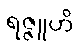
ရဇ္ဇူဟိ